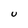
Character: U